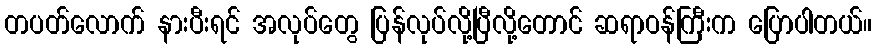
တပတ်လောက် နားပီးရင် အလုပ်တွေ ပြန်လုပ်လို့ပြီလို့တောင် ဆရာဝန်ကြီးက ပြောပါတယ်။